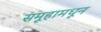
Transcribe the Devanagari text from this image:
समूहामधून